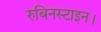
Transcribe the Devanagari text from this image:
रुबिनस्टाइन।